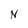
Character: N